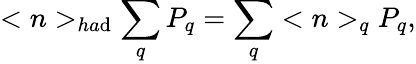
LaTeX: <n>_{ha\mathrm{d}}\sum_{q}P_{q}=\sum_{q}<n>_{q}P_{q},